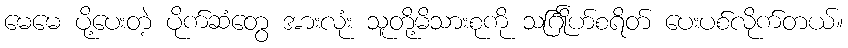
မေမေ ပို့ပေးတဲ့ ပိုက်ဆံတွေ အားလုံး သူတို့မိသားစုကို သင်္ဂြိုဟ်စရိတ် ပေးပစ်လိုက်တယ်။